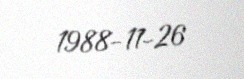
1988-11-26